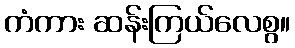
ကံကား ဆန်းကြယ်လေစွ။